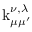
\operatorname { k } _ { \mu \mu ^ { \prime } } ^ { \nu , \lambda }